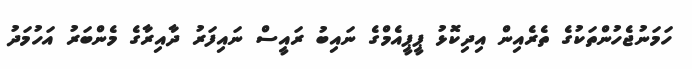
ހަމަނުޖެެހުންތަކުގެ ތެރެއިން އިދިކޮޅު ޕީޕީއެމްގެ ނައިބު ރައީސް ނައިފަރު ދާއިރާގެ މެންބަރު އަހުމަދު